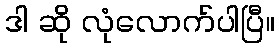
ဒါ ဆို လုံလောက်ပါပြီ။